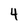
Character: 4